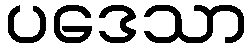
ပဒေသာ